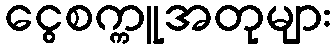
ငွေစက္ကူအတုများ